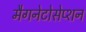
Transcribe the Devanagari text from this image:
मैगनेटोसेप्शन